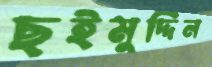
ছইমুদ্দিন